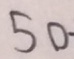
5 0 -